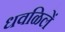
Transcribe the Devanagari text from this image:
धवळिलें